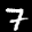
Label: 7